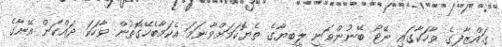
ގައްޒާފީގެ ވާހަކާގައި ނޭޓޯ ބޭނުންވަނީ ލީބިޔާގެ ތެޔޮކަމަށްވާނަމަ އެކަމާބެހޭގޮތުން ވާހަކަ ދައްކަން އޭނާގެ